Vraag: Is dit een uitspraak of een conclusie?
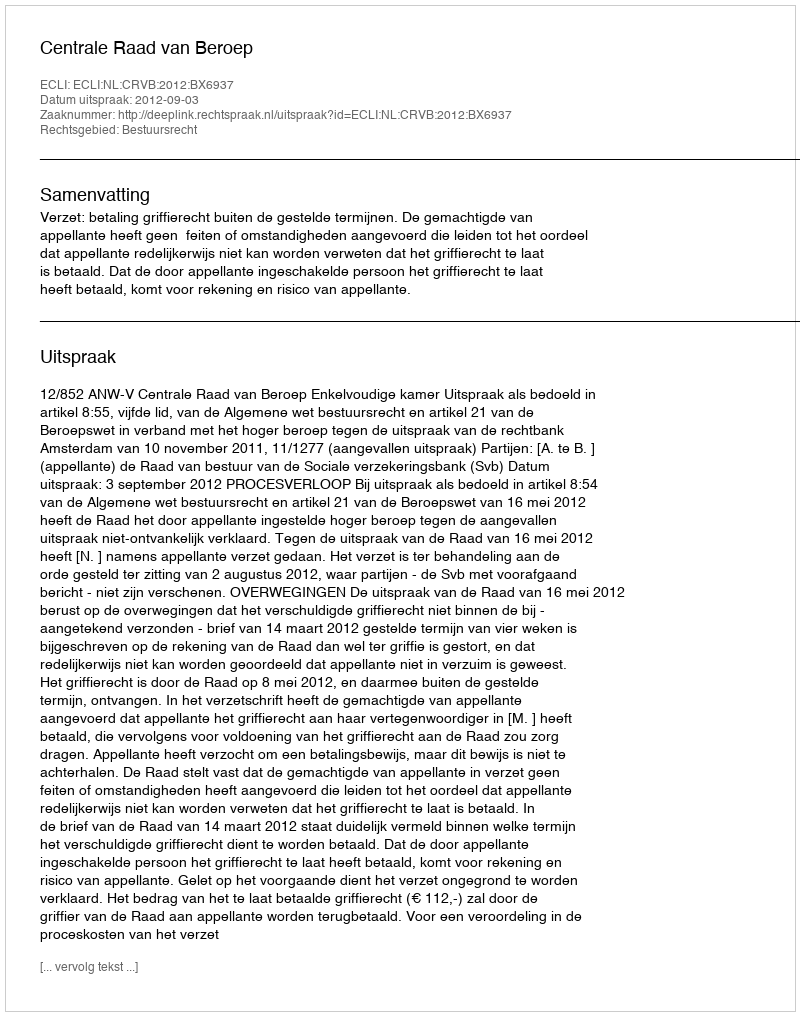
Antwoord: Uitspraak